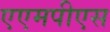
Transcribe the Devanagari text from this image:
एएमपीएस